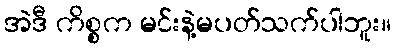
အဲဒီ ကိစ္စက မင်းနဲ့မပတ်သက်ပါဘူး။